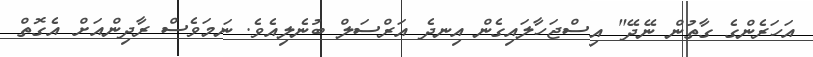
އަހަރެންގެ ގާތުން ނޭދޭ" އިސްޖަހާލައިގެން އިނދެ އަރްސަލް ބުނެލިއެވެ. ނަމަވެސް ރާދިންއަށް އެގޮތް